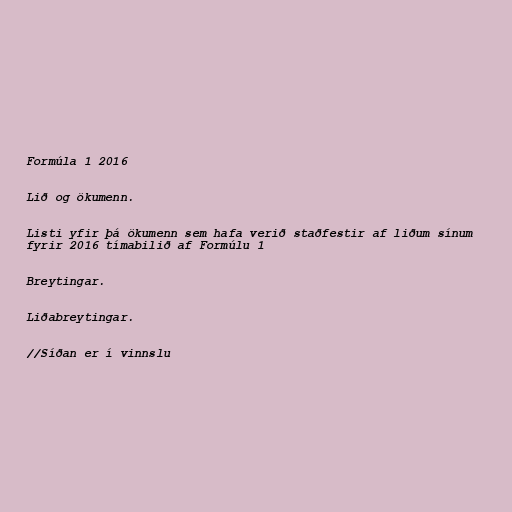
Formúla 1 2016

Lið og ökumenn.

Listi yfir þá ökumenn sem hafa verið staðfestir af liðum sínum
fyrir 2016 tímabilið af Formúlu 1

Breytingar.

Liðabreytingar.

//Síðan er í vinnslu